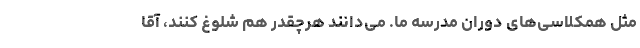
مثل همکلاسی‌های دوران مدرسه ما. ‌می‌دانند هرچقدر هم شلوغ کنند، آقا